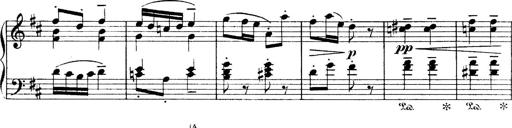
Title: 4 Sonatines
Composer: Max Reger